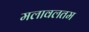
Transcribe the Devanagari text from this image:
मलावलतम